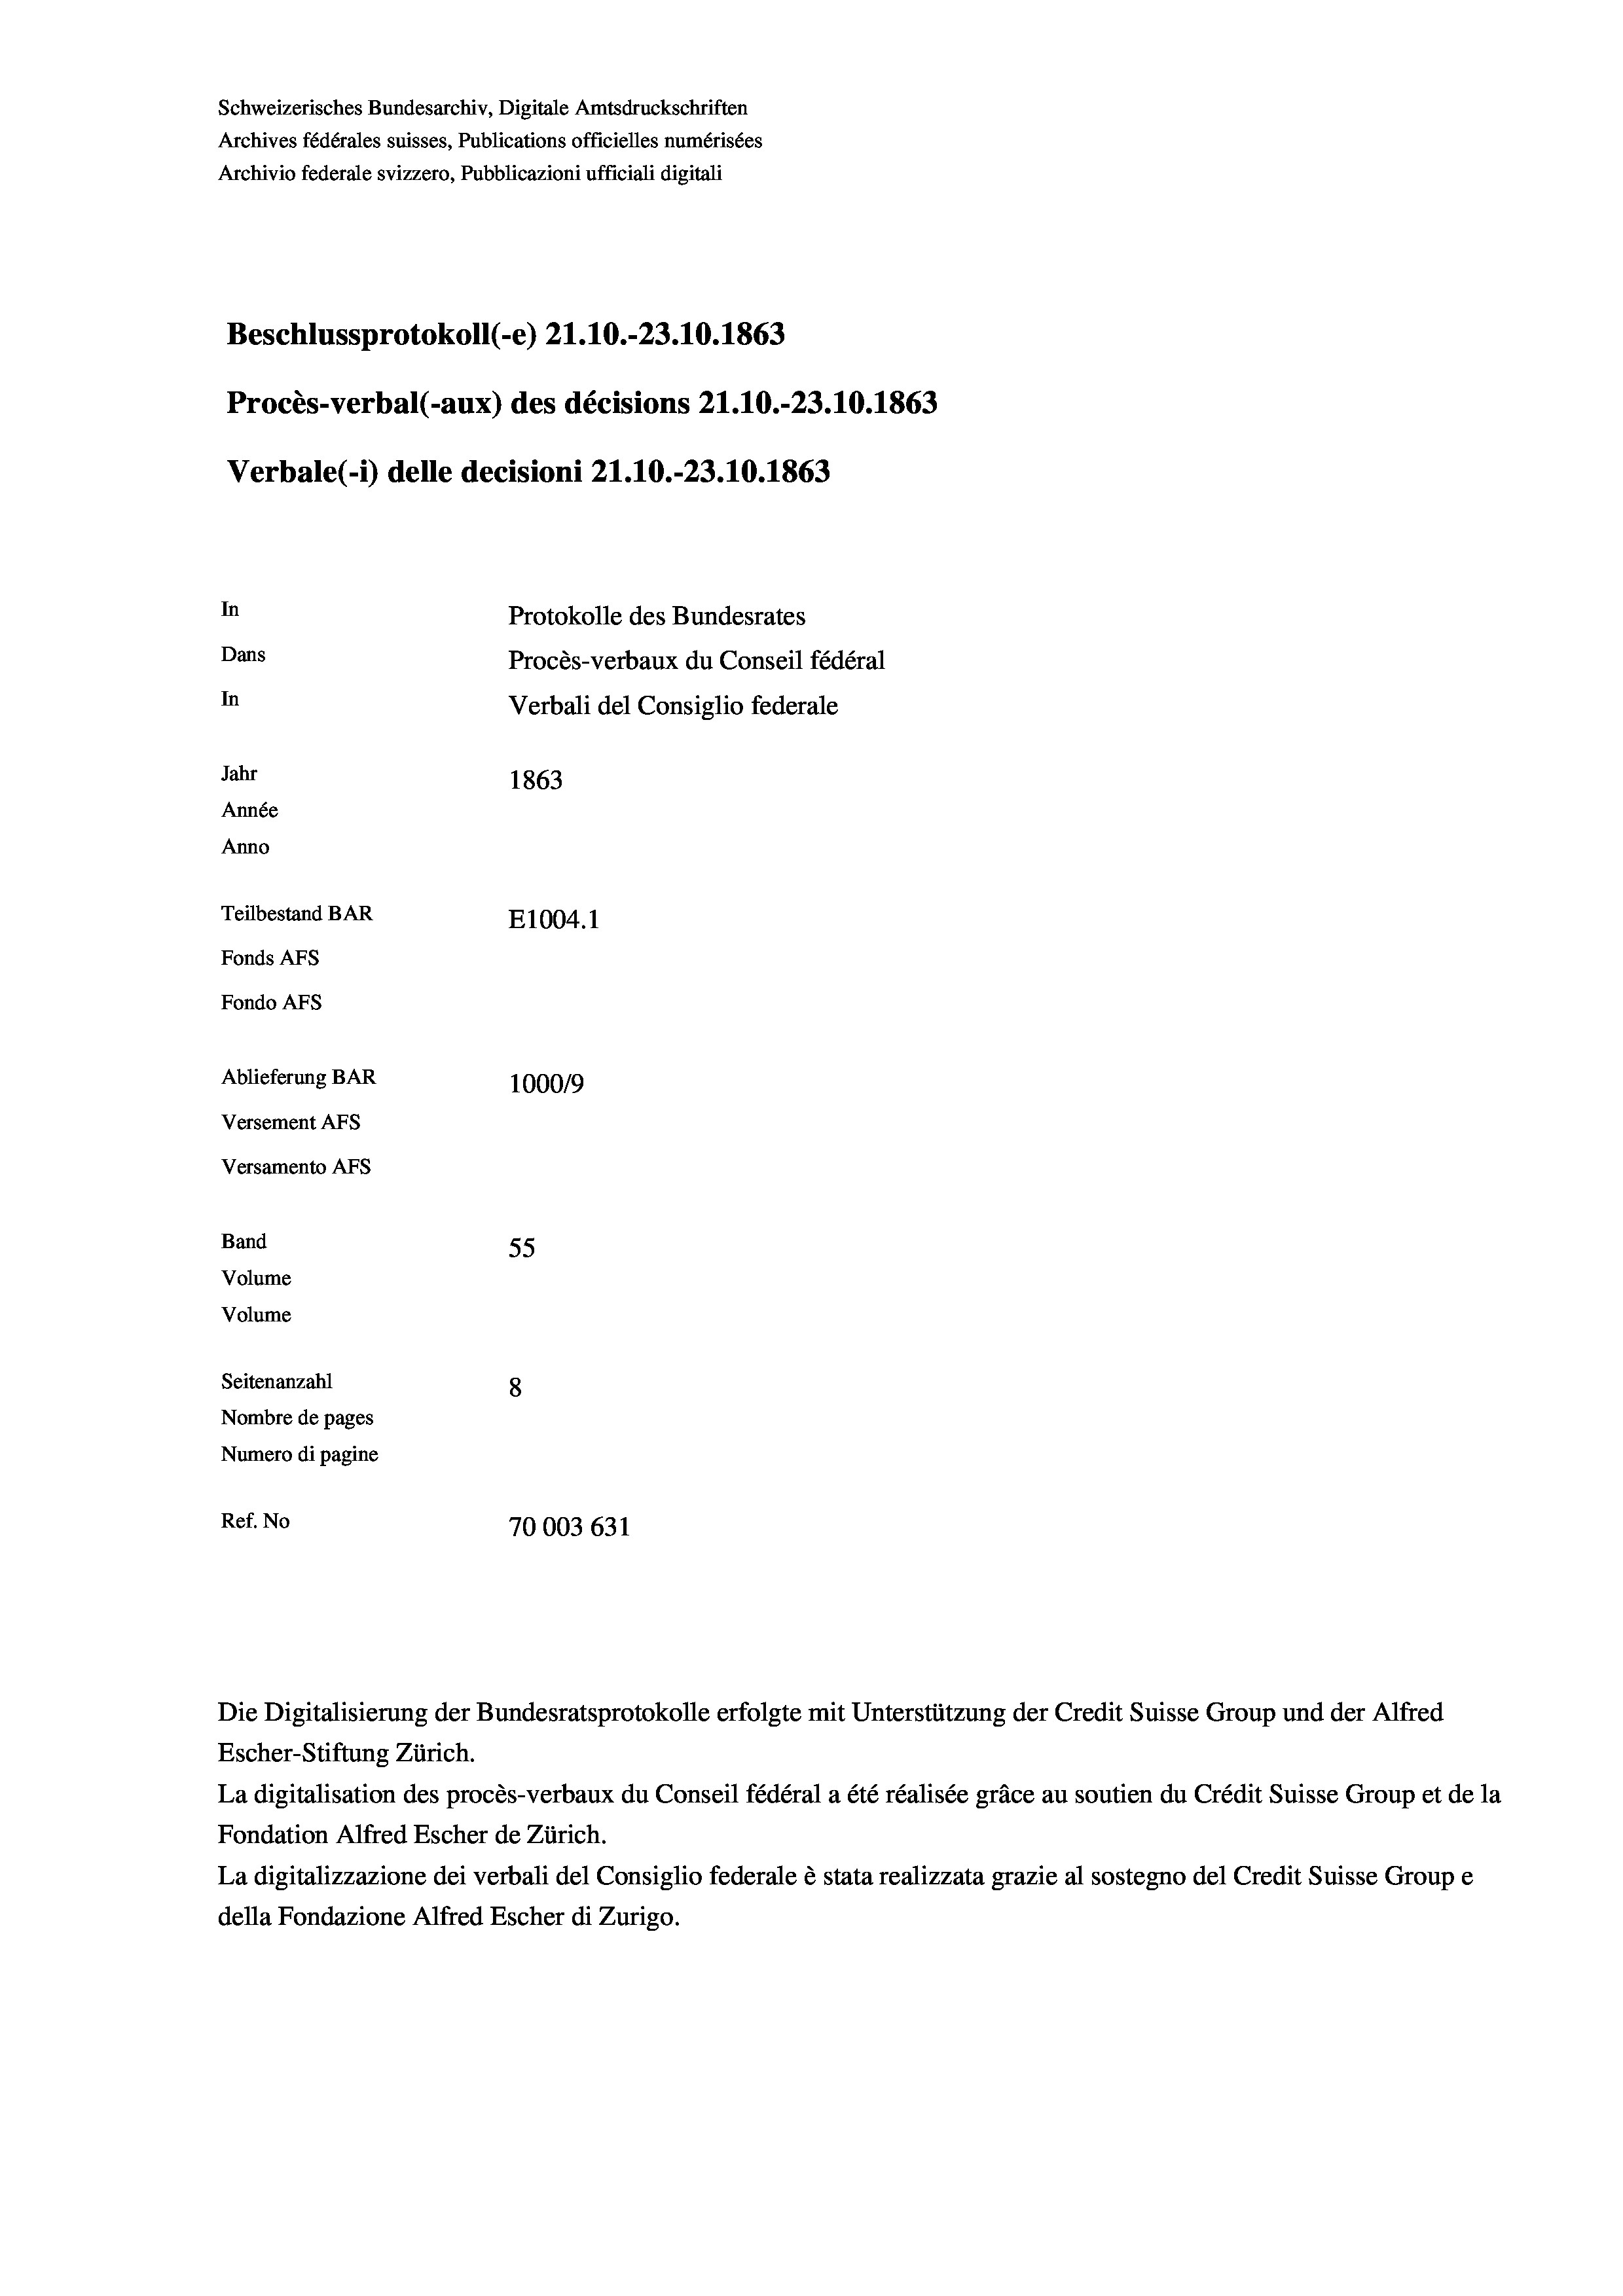
Schweizerisches Bundesarchiv, Digitale Amtsdruckschriften
Archives fédérales suisses, Publications officielles numérisées
Archivio federale svizzero, Pubblicazioni ufficiali digitali
Beschlussprotokoll (-e) 21.10.-23.10. 1863
Procès-verbal (-aux) des décisions 21.10.-23.10.1863
Verbale(-*) delle decisioni 21.10.-23.10.1863
In
Protokolle des Bundesrates
Dans
Procès-verbaux du Conseil fédéral
In
Verbali del Consiglio federale
Jahr
1863
Année
Anno
Teilbestand BAR
E1004.1
Fonds AFs
Fondo AFs
Ablieferung BAR
100019
Versement As
Versamento AFs
Band
55
Volume
Volume
Seitenanzahl
8
Nombre de pages
Numero di pagine
Ref. No
70003 631

La digitalisation des procès-verbaux du Conseil fédéral a été réalisée gräce au soutien du Crédit Suisse Group et de la
Fondation Alfred Escher de Zürich.
La digitalizzazione dei verbali del Consiglio federale è stata realizzata grazie al sostegno del Credit Suisse Groupe
della Fondazione Alfred Escher di Zurigo.

Die Digitalisierung der Bundesratsprotokolle erfolgte mit Unterstützung der Credit Suisse Group und der Alfred
Escher-Stiftung Zürich.